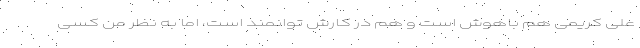
علی کریمی هم باهوش است و هم در کارش توانمند است،‌ اما به نظر من کسی